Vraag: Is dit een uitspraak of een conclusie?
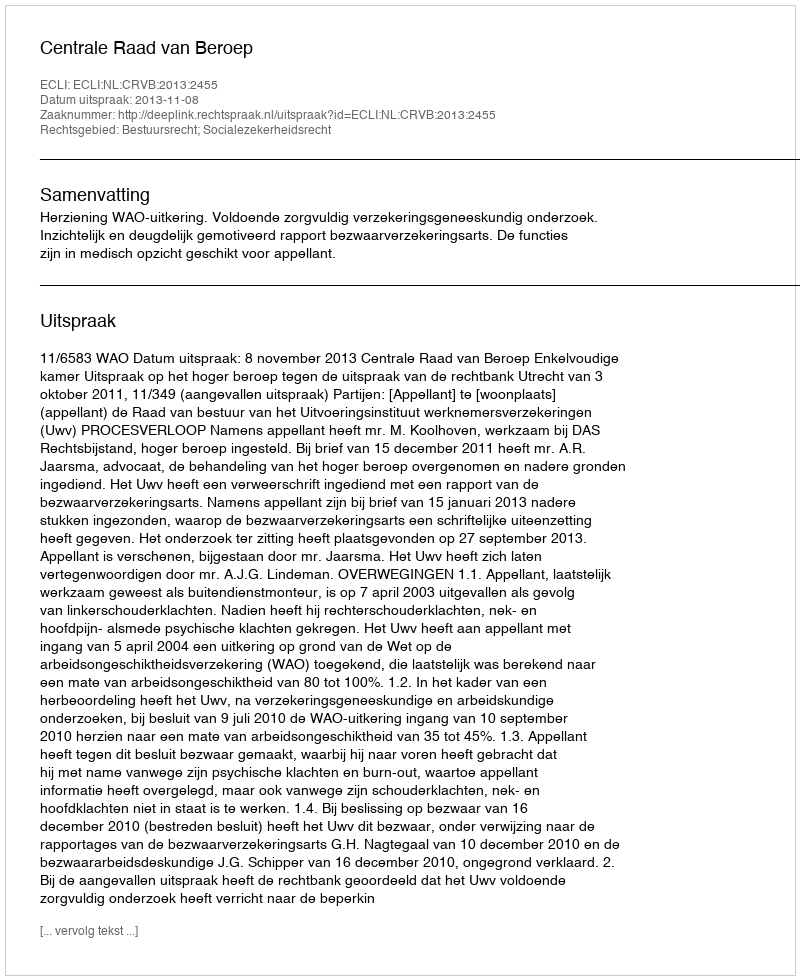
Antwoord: Uitspraak